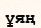
ұяң